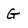
Character: G